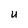
Character: U